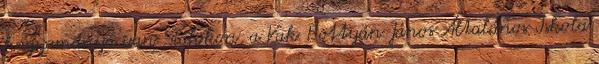
hagyománya van Siófokon, a Vak Bottyán János Általános Iskola